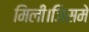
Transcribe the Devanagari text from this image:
मिली।जिसमे